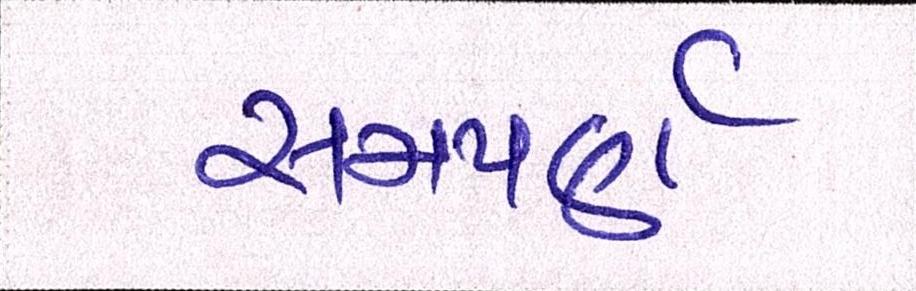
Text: સમપર્ણ